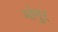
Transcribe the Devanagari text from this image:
मांगुर